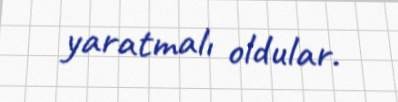
yaratmalı oldular.